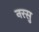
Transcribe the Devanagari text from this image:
नरसु